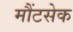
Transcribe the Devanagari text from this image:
मौंटसेक